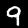
Digit: 9